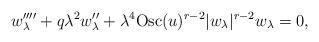
LaTeX: \begin{align*}w_{\lambda}''''+ q \lambda^2 w_{\lambda}''+ \lambda^4 {\rm Osc}(u)^{r-2}|w_\lambda|^{r-2}w_\lambda= 0,\end{align*}